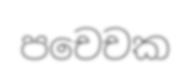
පචෙචක